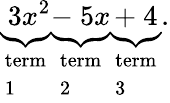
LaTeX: \underbrace{_{\, }3x^{2}}_{\begin{array}{l}{\mathrm{term}}\\ {\mathrm{1}}\end{array}}\underbrace{-_{\, }5x}_{\begin{array}{l}{\mathrm{term}}\\ {\mathrm{2}}\end{array}}\underbrace{+_{\, }4}_{\begin{array}{l}{\mathrm{term}}\\ {\mathrm{3}}\end{array}}.